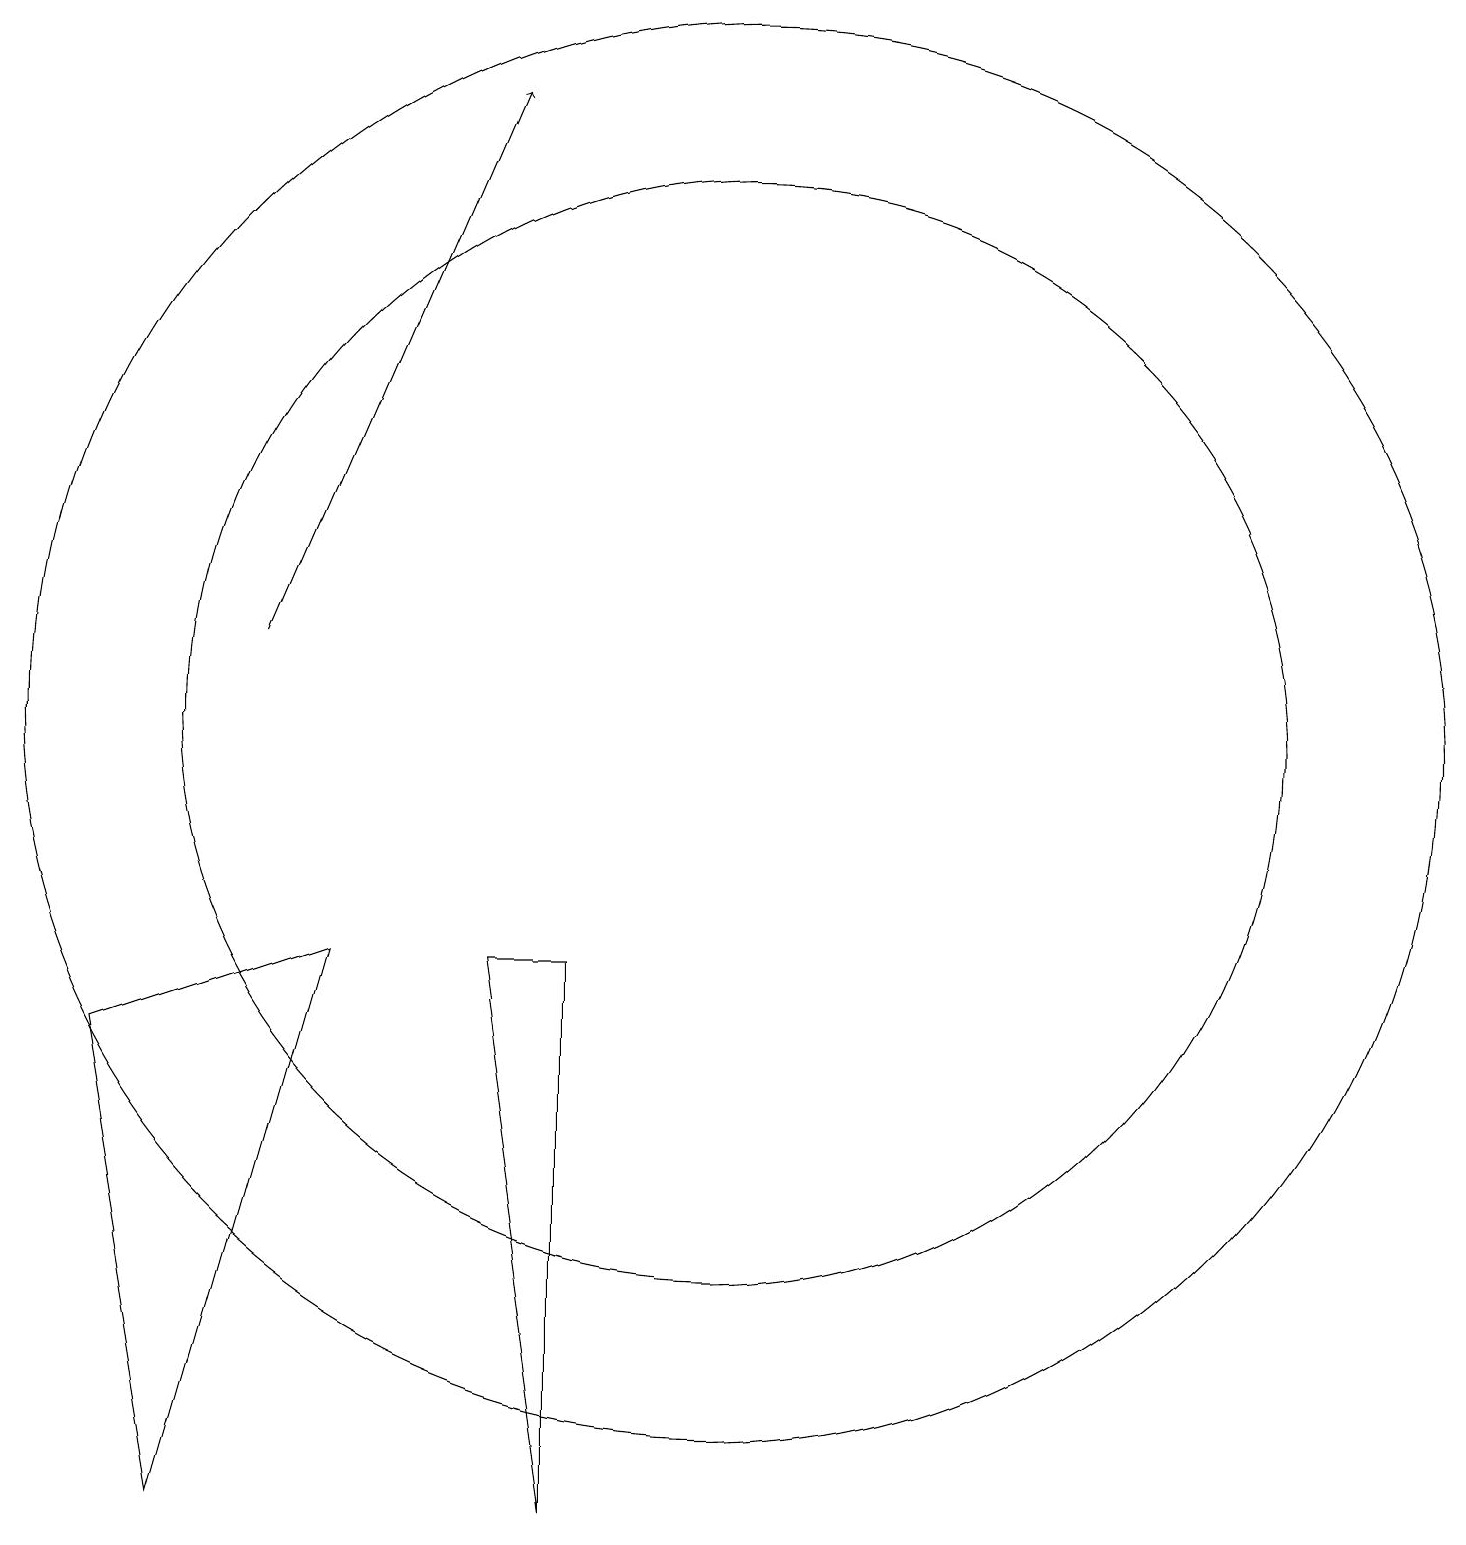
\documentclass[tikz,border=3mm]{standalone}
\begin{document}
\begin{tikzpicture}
\draw (11,11) circle (9);
\draw (11,11) circle (7);
\draw[->] (5,12) -- (8,19);
\draw (4,1) -- (3,7) -- (6,8) -- cycle;
\draw (9,8) -- (8,8) -- (9,1) -- cycle;
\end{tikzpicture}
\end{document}